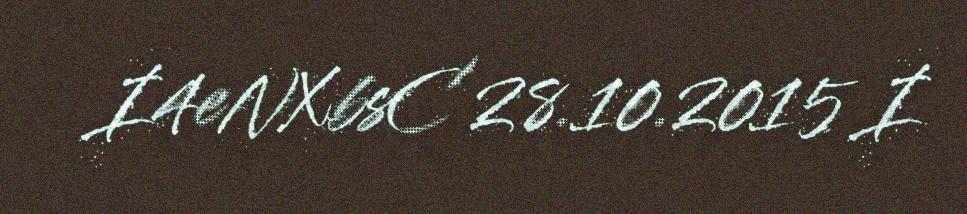
I4eNXbsC 28.10.2015 I